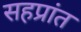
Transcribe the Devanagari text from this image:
सहप्रांत